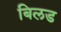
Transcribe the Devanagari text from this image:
बिलड